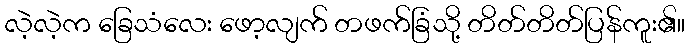
လဲ့လဲ့က ခြေသံလေး ဖော့လျက် တဖက်ခြံသို့ တိတ်တိတ်ပြန်ကူး၏။